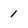
Character: 1